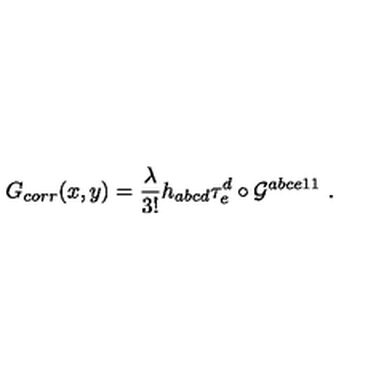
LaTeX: G _ { c o r r } ( x , y ) = \frac { \lambda } { 3 ! } h _ { a b c d } \tau _ { e } ^ { d } \circ { \cal { G } } ^ { a b c e 1 1 } \ .